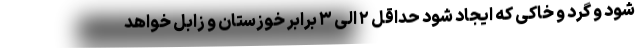
شود و گرد و خاکی که ایجاد شود حداقل ۲ الی ۳ برابر خوزستان و زابل خواهد